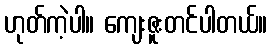
ဟုတ်ကဲ့ပါ။ ကျေးဇူးတင်ပါတယ်။